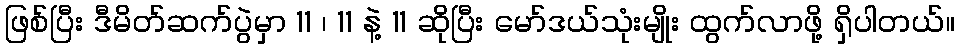
ဖြစ်ပြီး ဒီမိတ်ဆက်ပွဲမှာ 11 ၊ 11 နဲ့ 11 ဆိုပြီး မော်ဒယ်သုံးမျိုး ထွက်လာဖို့ ရှိပါတယ်။